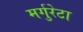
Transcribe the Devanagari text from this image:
मर्गुरेटा